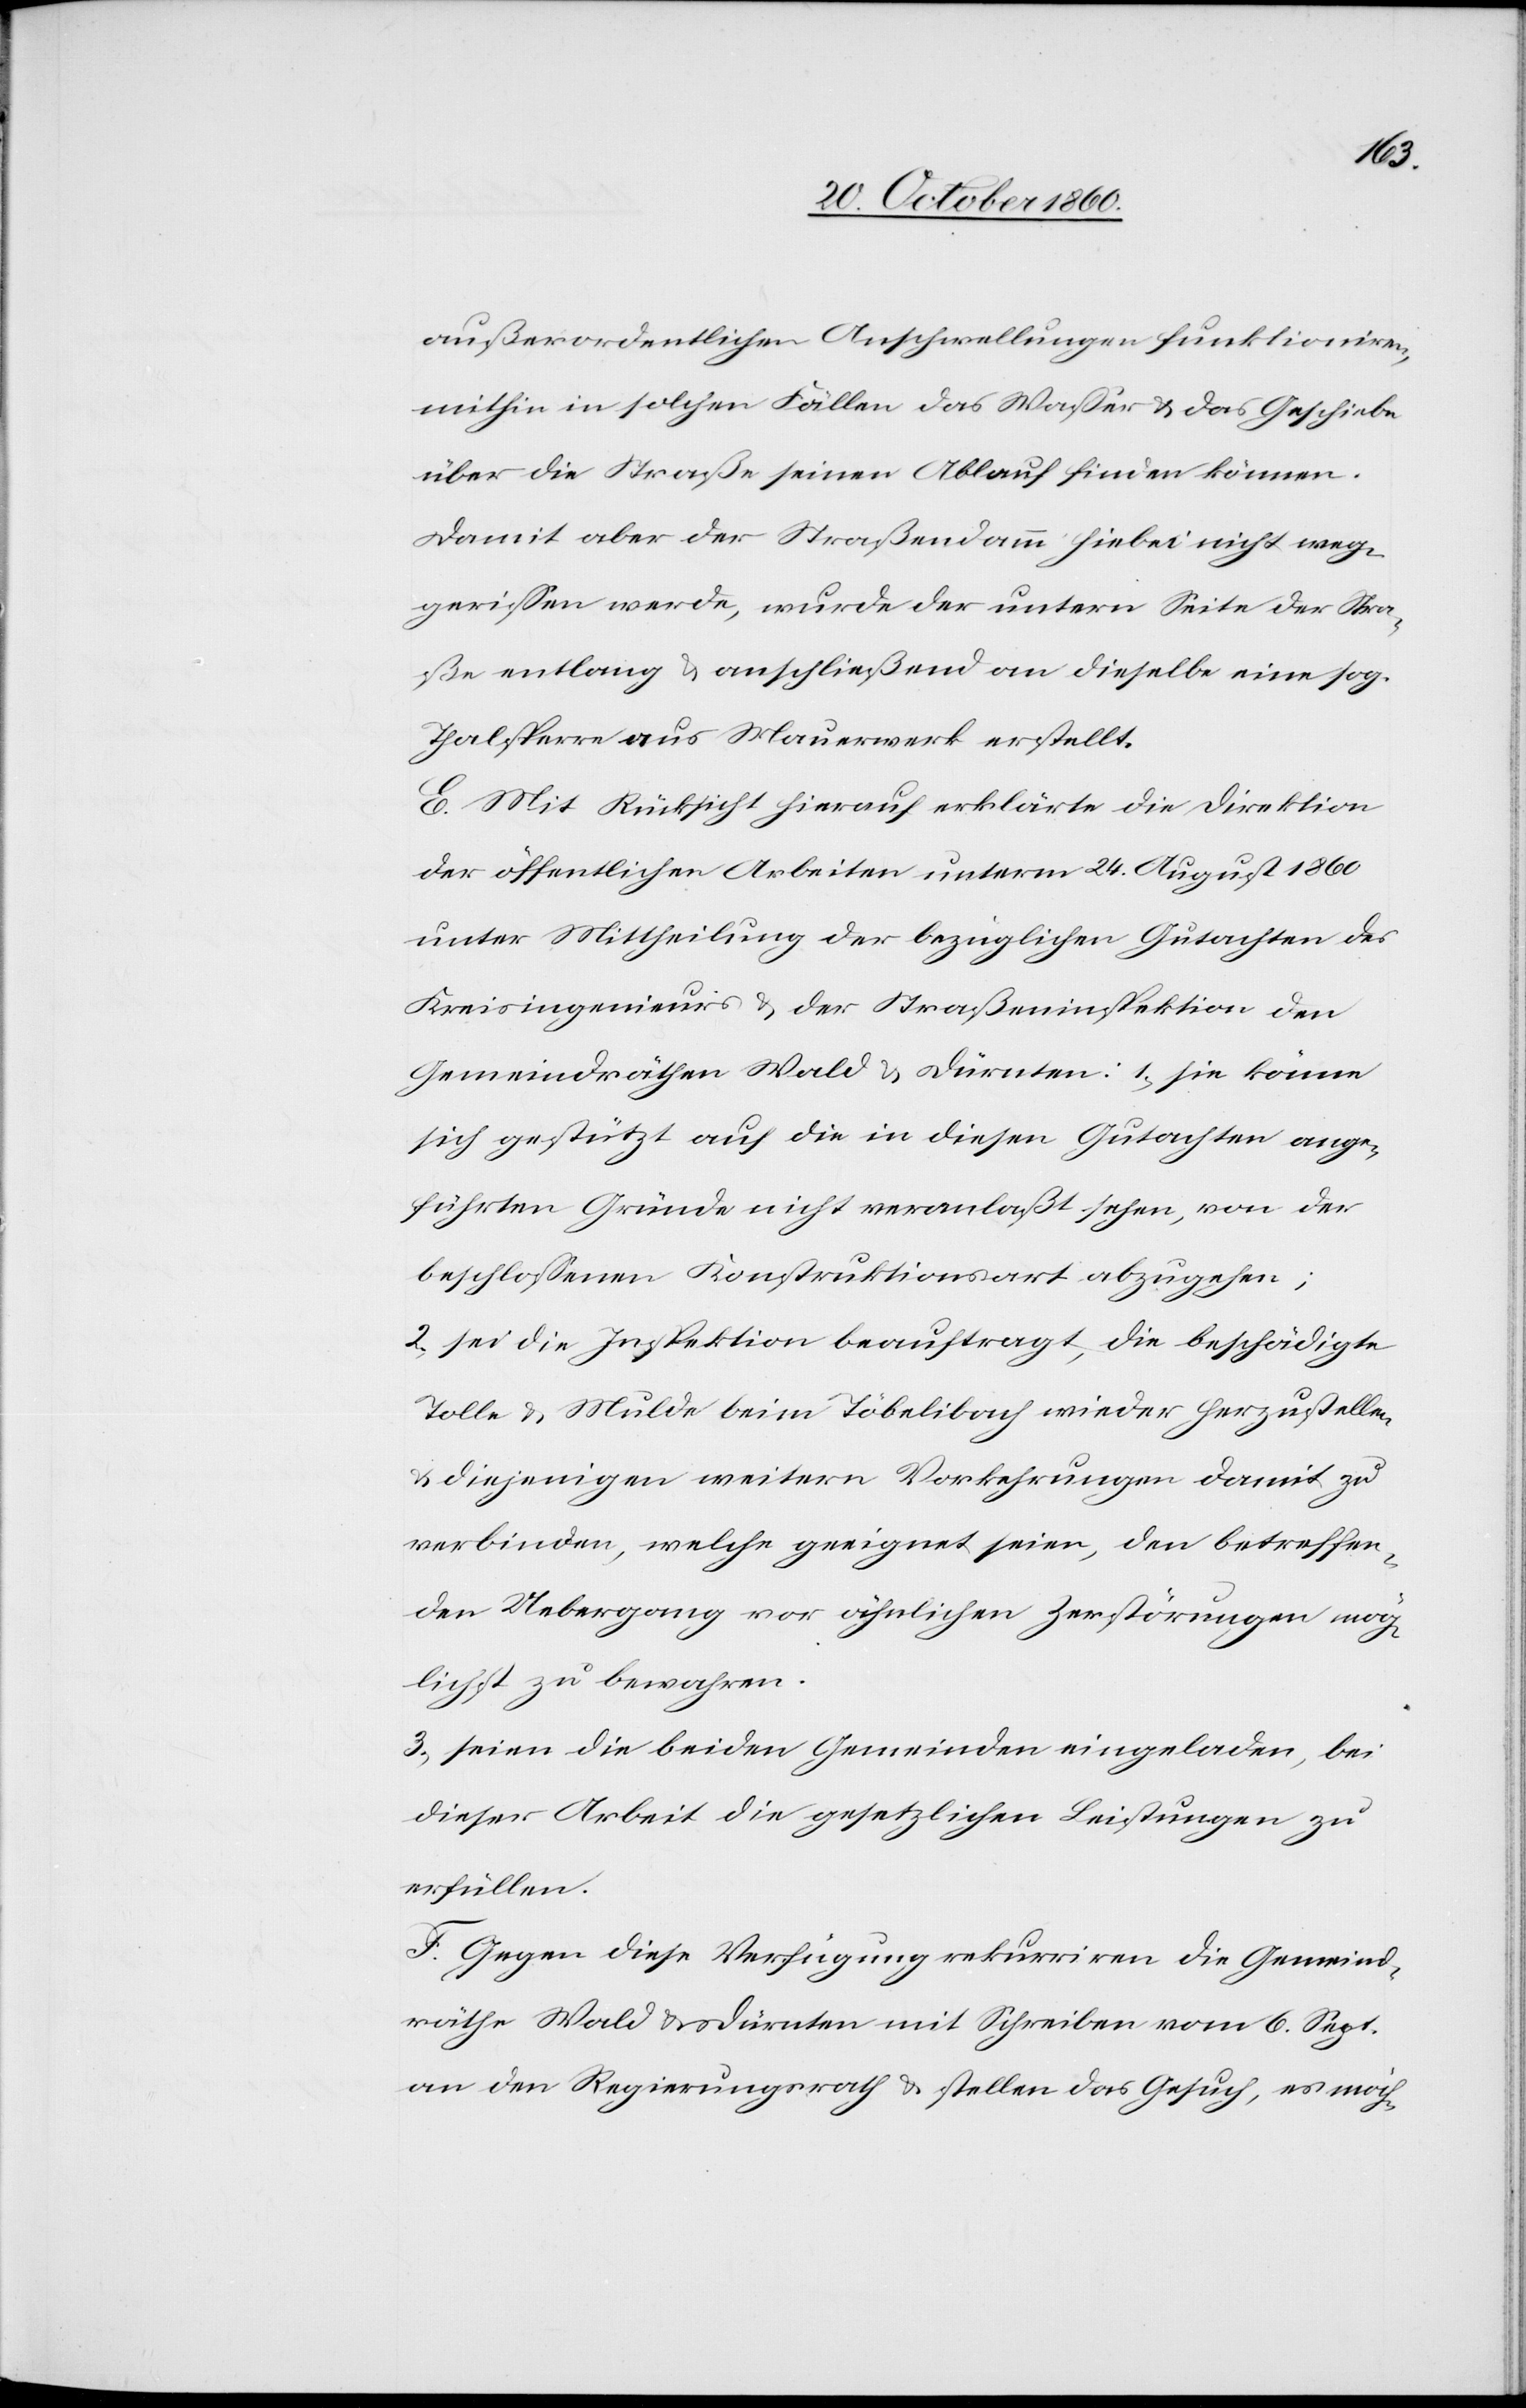
außerordentlichen Anschwellungen funktioniren,
mithin in solchen Fällen das Wasser u. das Geschiebe
über die Straße seinen Ablauf finden können.
Damit aber der Straßendamm hiebei nicht weg¬
gerissen werde, wurde der untern Seite der Stra¬
ße entlang u. anschließend an dieselbe eine sog.
Thalsperre aus Mauerwerk erstellt.
E. Mit Rücksicht hierauf erklärte die Direktion
der öffentlichen Arbeiten unterm 24. August 1860
unter Mittheilung der bezüglichen Gutachten des
Kreisingenieurs u. der Straßeninspektion den
Gemeindräthen Wald u. Dürnten: 1) sie könne
sich gestützt auf die in diesen Gutachten ange¬
führten Gründe nicht veranlaßt sehen, von der
beschlossenen Konstruktionsart abzugehen;
2) sei die Inspektion beauftragt, die beschädigte
Tolle u. Mulde beim Töbelibach wieder herzustellen
u. diejenigen weitern Vorkehrungen damit zu
verbinden, welche geeignet seien, den betreffen¬
den Uebergang vor ähnlichen Zerstörungen mög¬
lichst zu bewahren.
3) seien die beiden Gemeinden eingeladen, bei
dieser Arbeit die gesetzlichen Leistungen zu
erfüllen.
F. Gegen diese Verfügung rekurriren die Gemeind¬
räthe Wald u. Dürnten mit Schreiben vom 6. Sept.
an den Regierungsrath u. stellen das Gesuch, es möch-